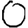
Digit: 0